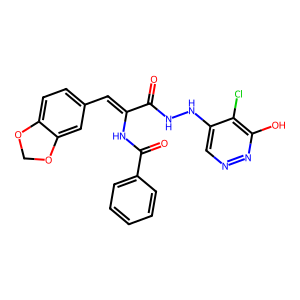
SMILES: O=C(NNc1cnnc(O)c1Cl)C(=Cc1ccc2c(c1)OCO2)NC(=O)c1ccccc1
Inhibits HIV replication: No